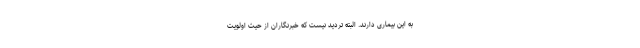
به این بیماری دارند. البته تردید نیست که خبرنگاران از حیث اولویت